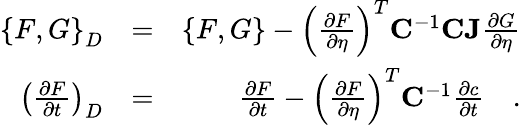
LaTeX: \begin{array}{rlr}{\left\{ F,G\right\} _{D}}&{=}&{\left\{ F,G\right\} -\left(\frac{\partial F}{\partial\eta}\right)^{T}\mathbf{C}^{-1}\mathbf{CJ}\frac{\partial G}{\partial\eta}}\\ {\left(\frac{\partial F}{\partial t}\right)_{D}}&{=}&{\frac{\partial F}{\partial t}-\left(\frac{\partial F}{\partial\eta}\right)^{T}\mathbf{C}^{-1}\frac{\partial c}{\partial t}\quad.}\end{array}